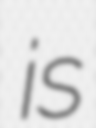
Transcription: is